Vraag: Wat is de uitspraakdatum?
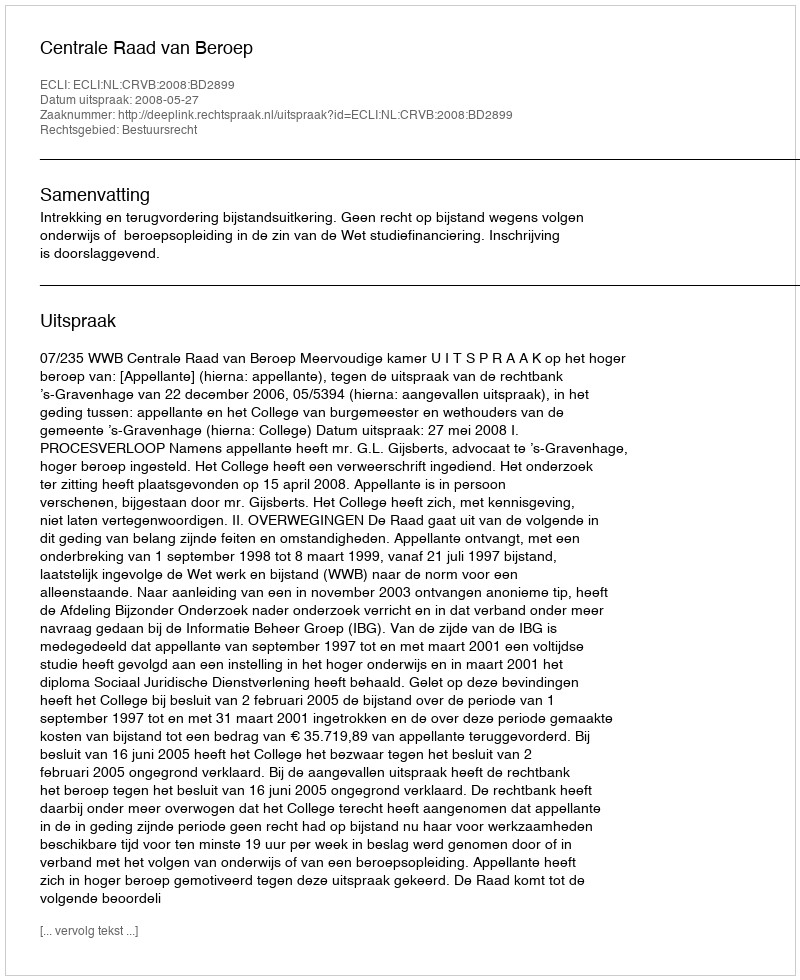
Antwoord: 2008-05-27